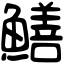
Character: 鱔